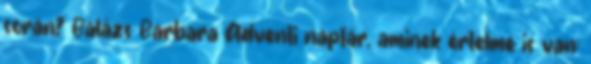
során? Balázs Barbara Adventi naptár, aminek értelme is van: